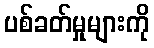
ပစ်ခတ်မှုများကို